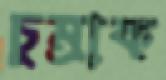
চুম্‌রাক